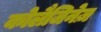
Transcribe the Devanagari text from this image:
कोलैजिनेज़